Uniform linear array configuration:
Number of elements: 8
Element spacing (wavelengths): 0.5
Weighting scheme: exponential
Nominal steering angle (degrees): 30
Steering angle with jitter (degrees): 29.854
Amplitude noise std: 0.05
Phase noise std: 0.05

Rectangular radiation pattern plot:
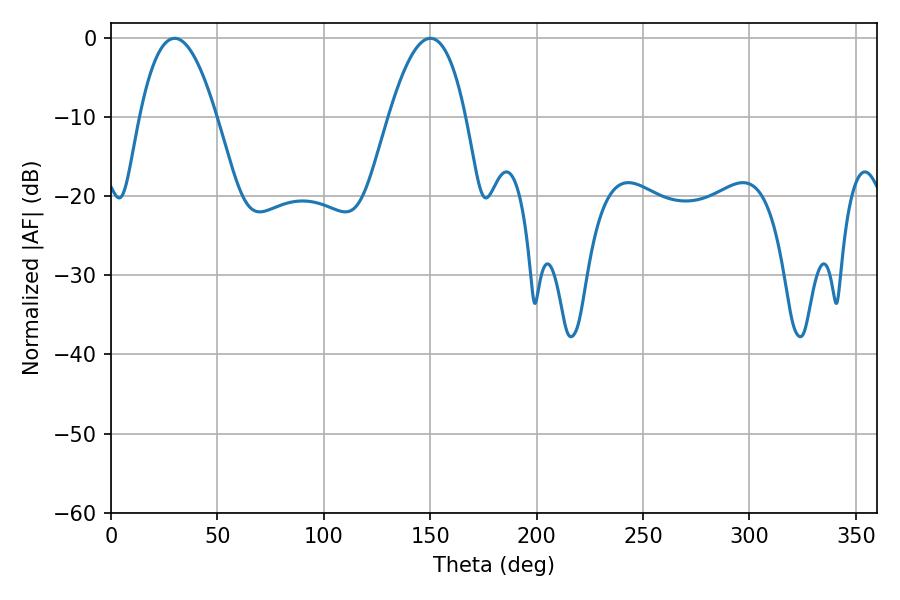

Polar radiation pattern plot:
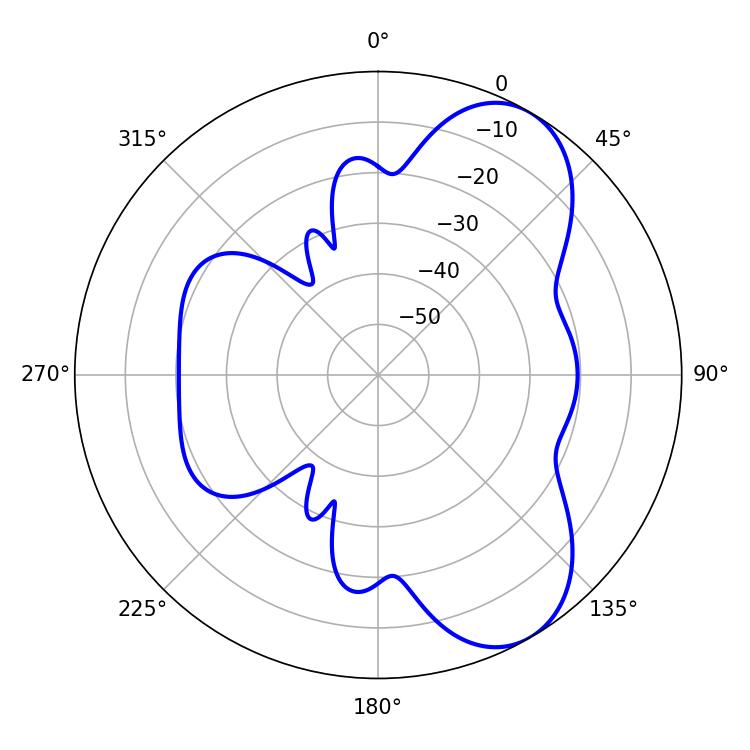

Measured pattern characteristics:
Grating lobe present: FALSE
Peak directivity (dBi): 7.31
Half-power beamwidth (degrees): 19.8
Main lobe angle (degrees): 29.88